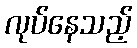
လုပ်နေသည့်